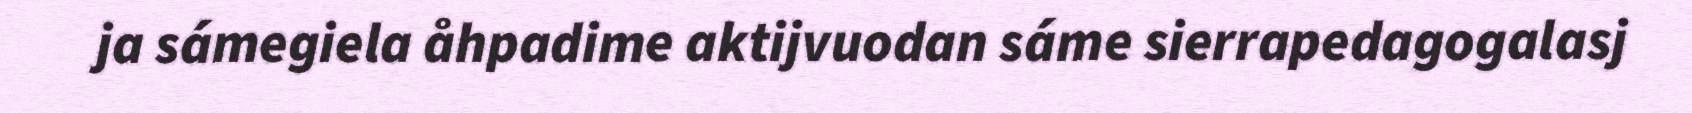
ja sámegiela åhpadime aktijvuodan sáme sierrapedagogalasj